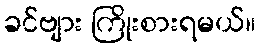
ခင်ဗျား ကြိုးစားရမယ်။